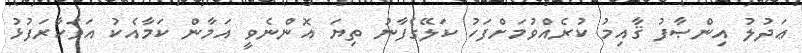
ޢަދުލު އިންޞާފު ޤާއިމު ކުރެއްވުމަށްފަހު ކަލޭގެފާނު ތިޔަ އޮންނެވީ އަމާން ކަމާއެކު އަވަހާރަފުޅު